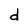
Character: d